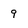
Character: 9